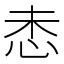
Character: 𫹻